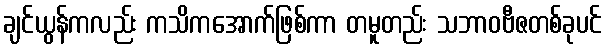
ချင်ယွန်ကလည်း ကသိကအောက်ဖြစ်ကာ တမူတည်း သဘာဝဗီဇတစ်ခုပင်